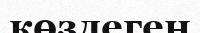
көздеген